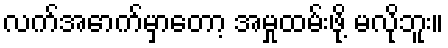
လက်အောက်မှာတော့ အမှုထမ်းဖို့ မလိုဘူး။